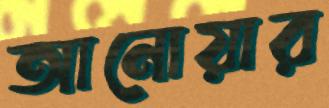
আনোয়ার